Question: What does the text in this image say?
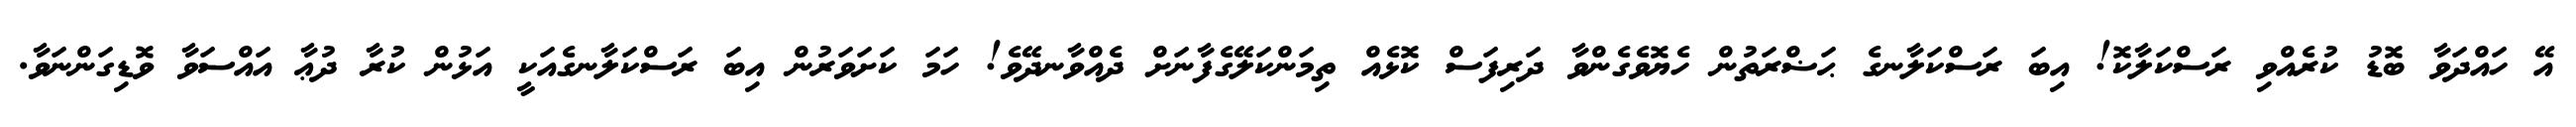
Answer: އޭ ހައްދަވާ ބޮޑު ކުރެއްވި ރަސްކަލާކޮ! އިބަ ރަސްކަލާނގެ ޙަޟްރަތުން ހެޔޮވެގެންވާ ދަރިފަސް ކޮޅެއް ތިމަންކަލޭގެފާނަށް ދެއްވާނދޭވެ! ހަމަ ކަށަވަރުން އިބަ ރަސްކަލާނގެއަކީ އަޅުން ކުރާ ދުޢާ އައްސަވާ ވޮޑިގަންނަވާ.